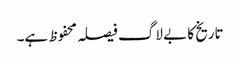
تاریخ کا بے لاگ فیصلہ محفوظ ہے۔